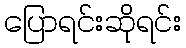
ပြောရင်းဆိုရင်း